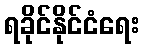
ရခိုင်နိုင်ငံရေး